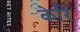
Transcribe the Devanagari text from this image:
केरि